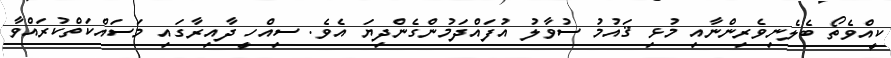
ކީއްވެތޯ ބެލެނިވެރިންނާއި މުޅި ޤައުމު ސުވާލު އުފައްދަމުންގެންދިޔަ އެވެ. ސިއްހީ ދާއިރާގައި މަސައްކަތްކުރައްވާ